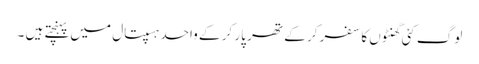
لوگ کئی گھنٹوں کا سفر کر کے تھر پار کر کے واحد ہسپتال میں پہنچتے ہیں ۔